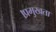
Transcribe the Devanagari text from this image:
।प्रमुखता